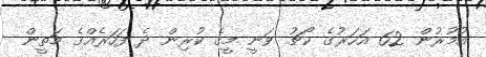
އުމުރުން 62 އަހަރުގެ ކޯޗު ވަނީ މީގެ ކުރިން ދެ ފަހަރެއްގެ މަތީން